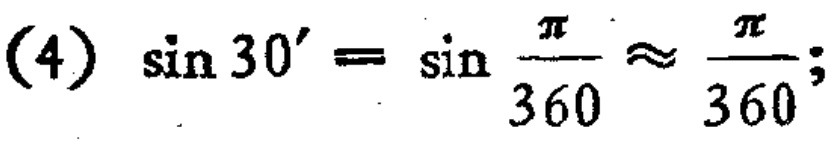
\((4)\ \sin 30^{\prime}=\sin\frac{\pi}{360}\approx\frac{\pi}{360};\)